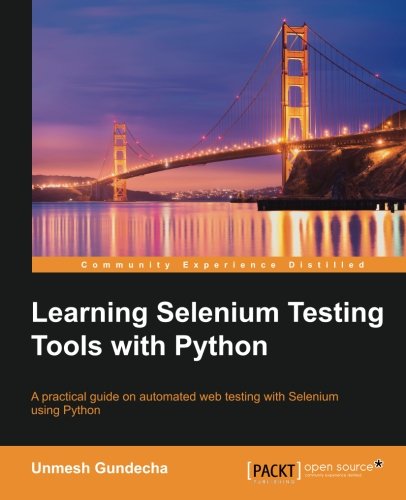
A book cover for Learning Selenium Testing Tools with Python; Unmesh Gundecha; Computers & Technology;